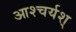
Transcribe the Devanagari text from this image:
आश्चर्यश्